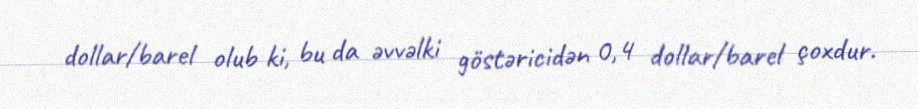
dollar/barel olub ki, bu da əvvəlki göstəricidən 0,4 dollar/barel çoxdur.